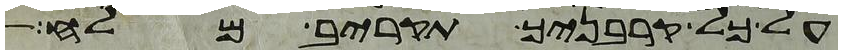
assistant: על כל קרבניך תקריב מלח